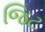
જિટ